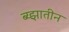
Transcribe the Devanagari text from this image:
ब्य्झातीन